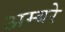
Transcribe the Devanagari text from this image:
अम्बरे